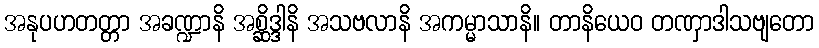
အနုပဟတတ္တာ အခဏ္ဍာနိ အစ္ဆိဒ္ဒါနိ အသဗလာနိ အကမ္မာသာနိ။ တာနိယေဝ တဏှာဒါသဗျတော